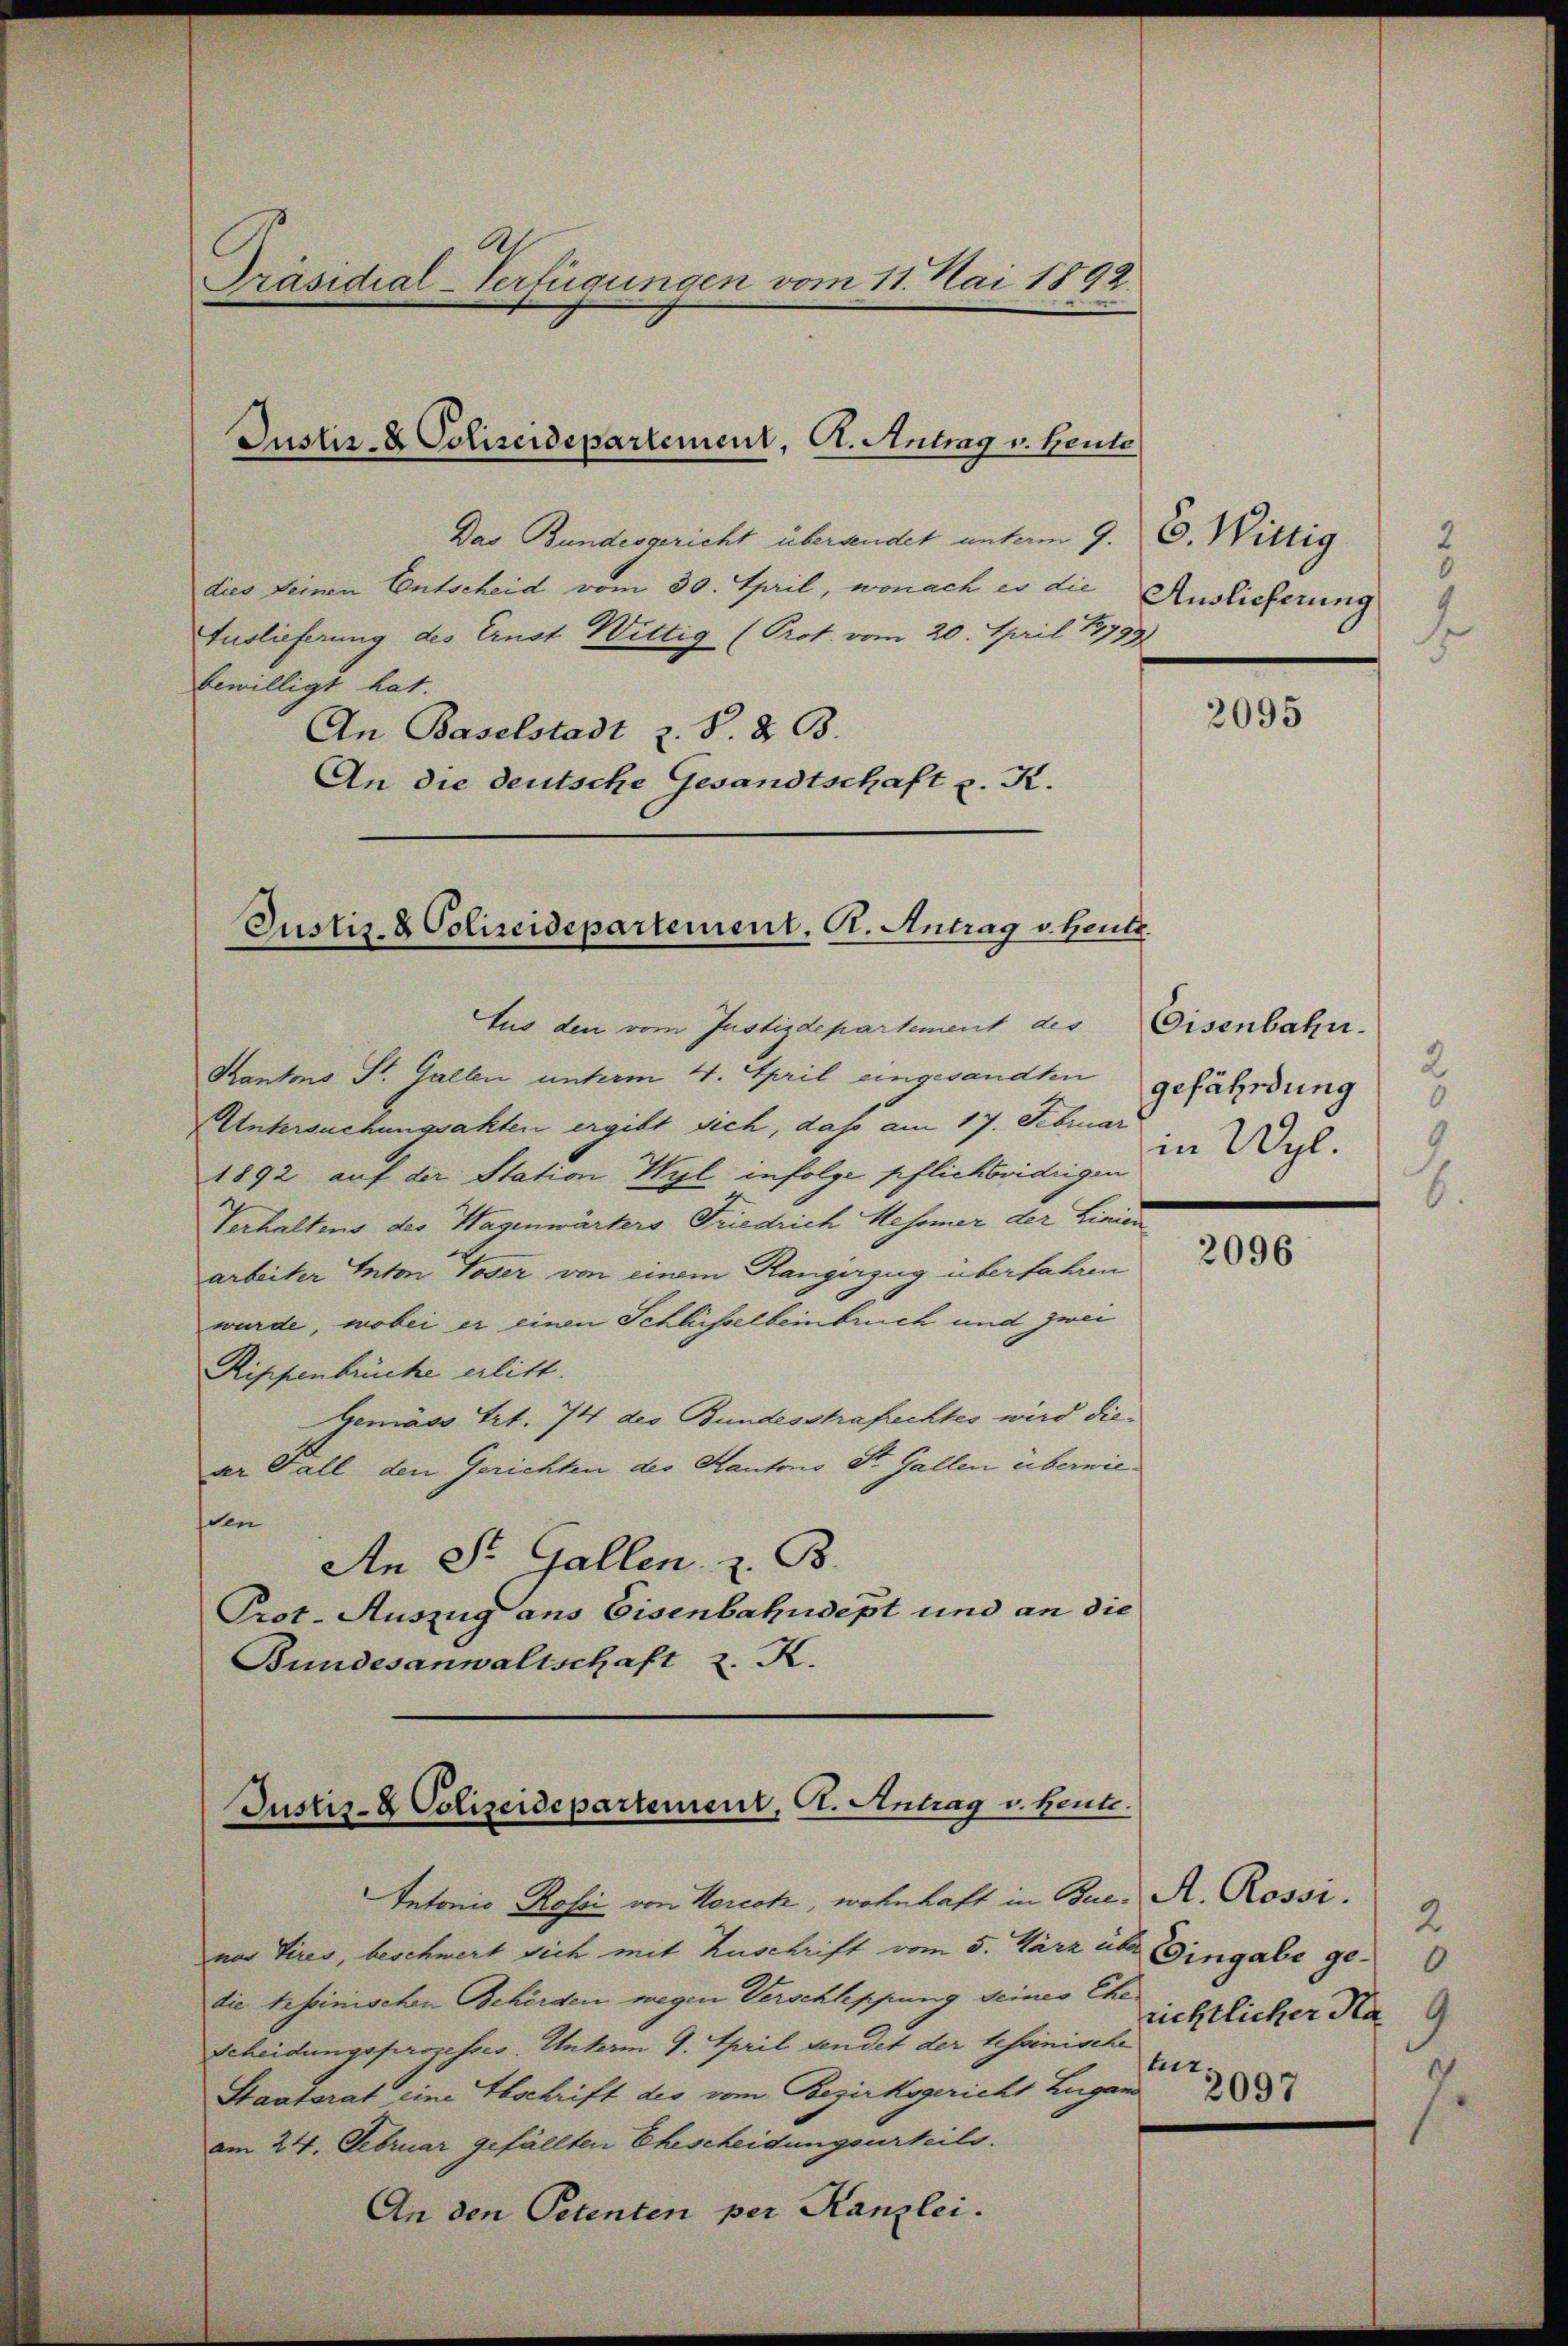
Präsidial Verfügungen vom 11. Mai 1892.

Das Bundesgericht übersendet unterm 9. C. Wittig
dies seinen Entscheid vom 30. April, wonach es die Auslieferung
Auslieferung des Ernst Wittig (Prot. vom 20. April 18799
bewilligt hat.
An Baselstadt z. S. 23.
An die deutsche Gesandtschaft z. K.

Justiz- & Polizeidepartement, A. Antrag v. Heute

Justiz- & Polizeidepartement. Ct. Antrag v. Hei

tus den vom Justizdepartement des
Kantons St. Gallen unterm 4. April eingesandten
Untersuchungsakten ergibt sich, daß am 17. Februar
1892 auf der Station Wyl infolge pflichbridrigen
Verhaltens des Wagenwärters Friedrich Mesomer der Linien
arbeiter Anton Toser von einem Rangerzug überfahren
wurde, wobei er einen Schlüsselbeinbruch und zwei
Rippenbrücke erlitt.
Gemäss Art. 74 des Bundesstrafrechtes wird dieaer Fall den Gerichten des Kantons St. Gallen überwie¬
Iden
An St. Gallen, z. B.
Prot. Auszug ans Eisenbahndept und an die
Bundesanwaltschaft z. K.

Justiz- & Polizeidepartemenz, A. Antrag v. Heute.

Antonio Rossi von Koreck, wohnhaft in Buc. A. Rossi.
nor Tires, beschwert sich mit Zuschrift vom 5. März über Eingabe ge
die tessinischen Behörden wegen Verschleppung seines Ehe
Scheidungsprozesses. Unterm 9. April sendet der tessinische
Staatsrat eine Abschrift des vom Bezirksgericht Lugand
am 24. Februar gefällten Ehescheidungsurteils.
An den Petenten per Kanzlei.

0
1.

4.

2095

Eisenbahn.
2
gefährdung
0
9
in Wyl.

2096

2
richtlicher Na 9
tur.

2097